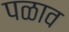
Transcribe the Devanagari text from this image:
पळाव